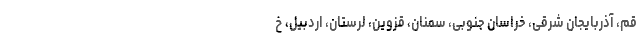
قم، آذربایجان شرقی، خراسان جنوبی، سمنان، قزوین، لرستان، اردبیل، خ